Lyperosia minuta, Bezzi - Number 59
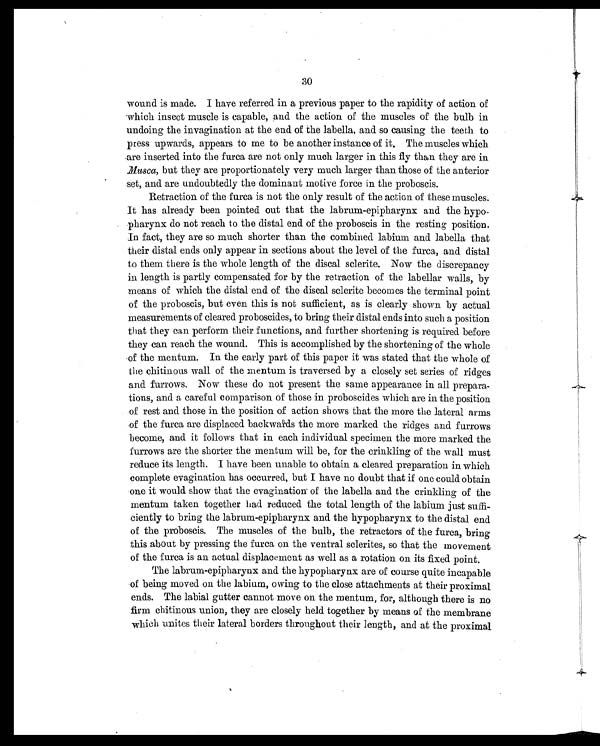
30
wound is made. I have referred in a previous paper to the rapidity of action of
which insect muscle is capable, and the action of the muscles of the bulb in
undoing the invagination at the end of the labella, and so causing the teeth to
press upwards, appears to me to be another instance of it. The muscles which
are inserted into the furca are not only much larger in this fly than they are in
.Musca , but they are proportionately very much larger than those of the anterior
set, and are undoubtedly the dominant motive force in the proboscis.
Retraction of the furca is not the only result of the action of these muscles.
It has already been pointed out that the labrum-epipharynx and the hypo-
pharynx do not reach to the distal end of the proboscis in the resting position.
In fact, they are so much shorter than the combined labium and labella that
their distal ends only appear in sections about the level of the furca, and distal
to them there is the whole length of the discal sclerite. Now the discrepancy
in length is partly compensated for by the retraction of the labellar walls, by
means of which the distal end of the discal sclerite becomes the terminal point
of the proboscis, but even this is not sufficient, as is clearly shown by actual
measurements of cleared proboscides, to bring their distal ends into such a position
that they can perform their functions, and further shortening is required before
they can reach the wound. This is accomplished by the shortening of the whole
of the mentum. In the early part of this paper it was stated that the whole of
the chitinous wall of the mentum is traversed by a closely set series of ridges
and furrows. Now these do not present the same appearance in all prepara
-tions, and a careful comparison of those in proboscides which are in the position
of rest and those in the position of action shows that the more the lateral arms
of the furca are displaced backwards the more marked the ridges and furrows
become, and it follows that in each individual specimen the more marked the
furrows are the shorter the mentum will be, for the crinkling of the wall must
reduce its length. I have been unable to obtain a cleared preparation in which
complete evagination has occurred, but I have no doubt that if one could obtain
one it would. show that the evagination of the labella and the crinkling of the
mentum taken together had reduced the total length of the labium just suffi
-ciently to bring the labium-epipharynx and. the hypopharynx to the distal end
of the proboscis. The muscles of the bulb, the retractors of the furca, bring
this about by pressing the furca on the ventral sclerites, so that the movement
of the furca is an actual displacement as well as a rotation on its fixed point.
The labrum-epipharynx and the hypopharynx are of course quite incapable
of being moved on the labium, owing to the close attachments at their proximal
ends. The labial gutter cannot move on the mentum, for, although there is no
firm chitinous union, they are closely held together by means of the membrane
which unites their lateral borders throughout their length, and at the proximal